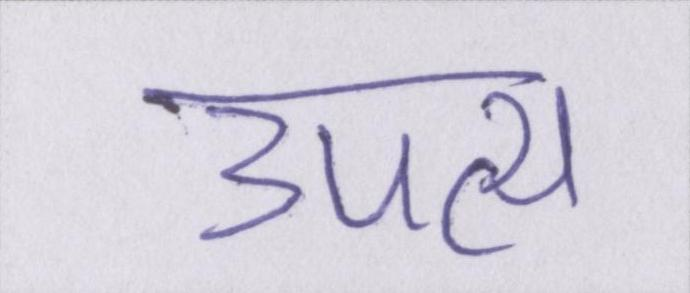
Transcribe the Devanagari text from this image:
उपत्य